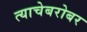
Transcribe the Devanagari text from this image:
त्याचेबरोबर